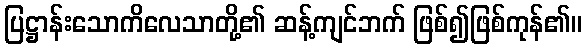
ပြဋ္ဌာန်းသောကိလေသာတို့၏ ဆန့်ကျင်ဘက် ဖြစ်၍ဖြစ်ကုန်၏။